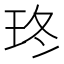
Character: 𤤮